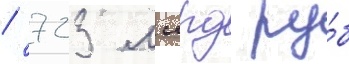
/ 723 млрд ру́б